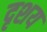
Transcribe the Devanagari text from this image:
दृशय